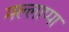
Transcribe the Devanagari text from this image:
मल्लाप्पा